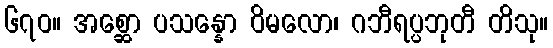
၆၇၀။ အစ္ဆော ပသန္နော ဝိမလော၊ ဂဘီရပ္ပဘုတီ တိသု။